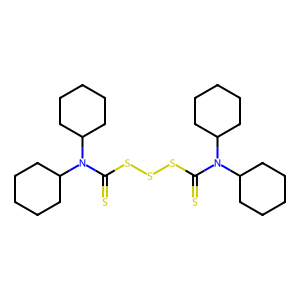
SMILES: S=C(SSSC(=S)N(C1CCCCC1)C1CCCCC1)N(C1CCCCC1)C1CCCCC1
Inhibits HIV replication: No